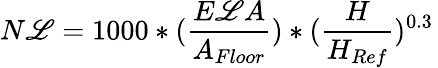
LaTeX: N\mathscr{L}=1000*({\frac{{E\mathscr{L}A}}{{A_{Floor}}}})*({\frac{{H}}{{H_{Ref}}}})^{0.3}\,